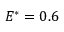
E ^ { * } = 0 . 6